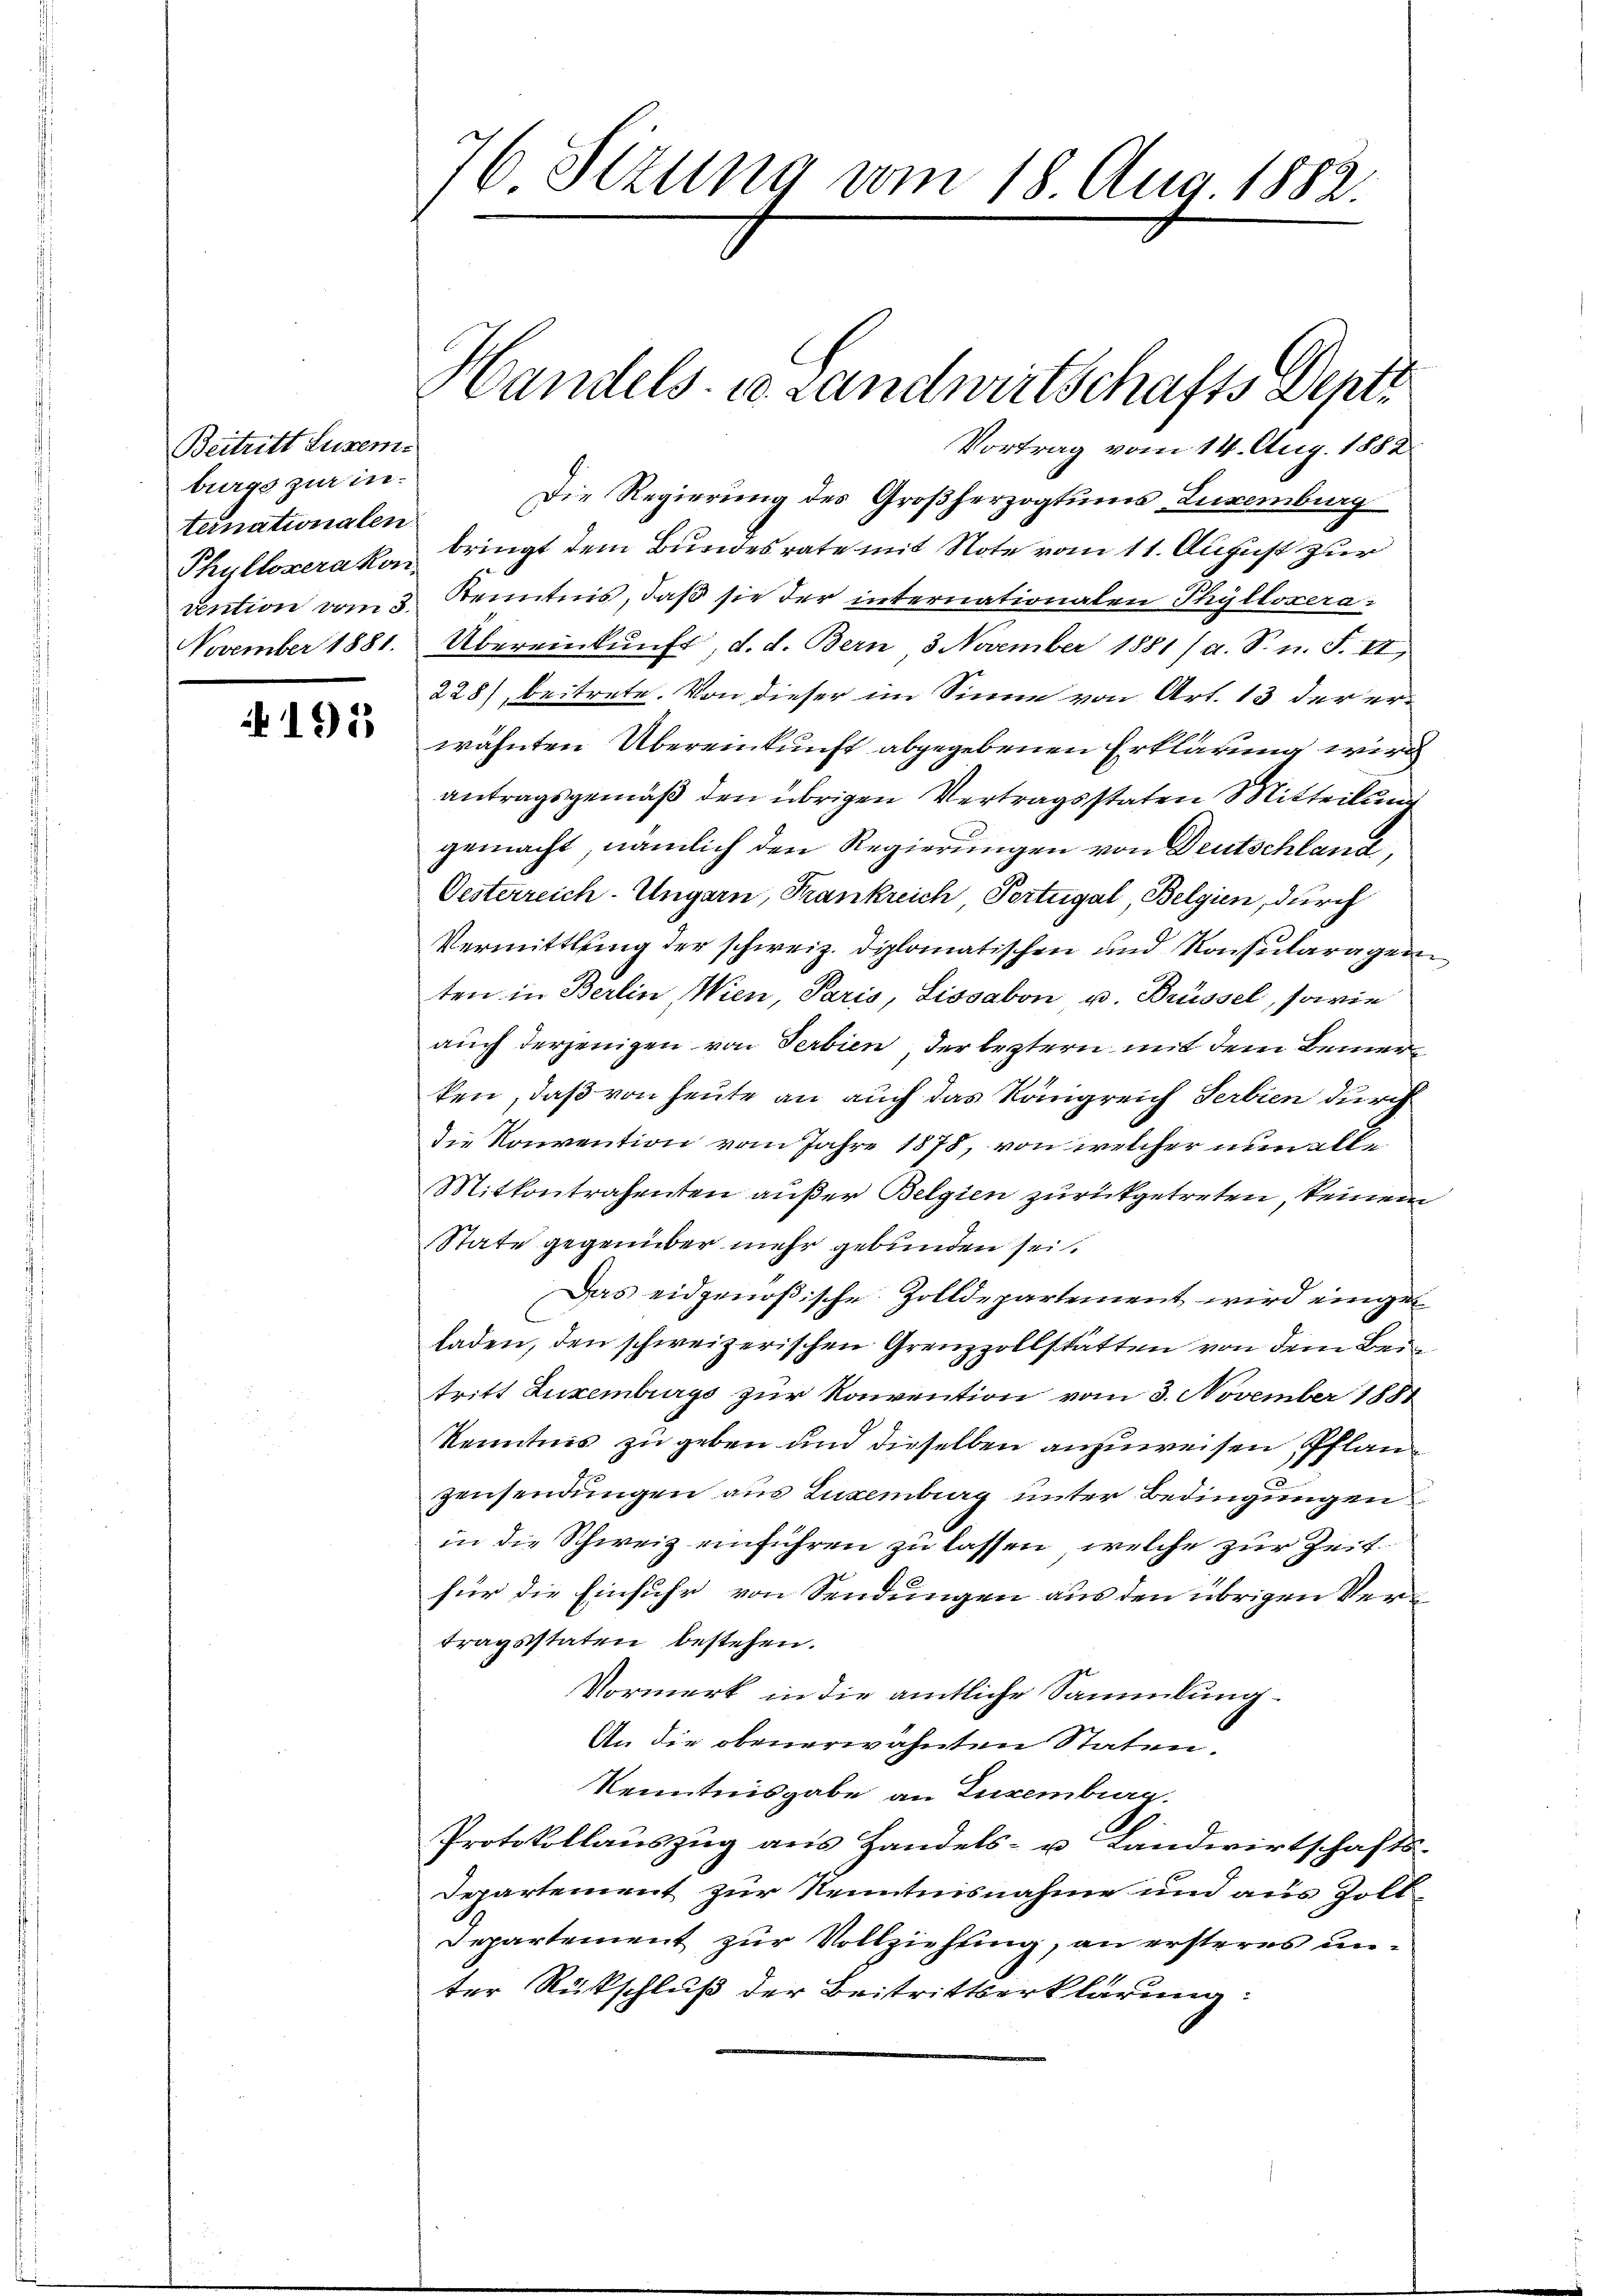
Beitritt Luzem.
burgs zur internationalen
November 1881.

195

76 Sezung vom 18. Aug 1882.

Die Regierung des Großherzogtums Luxenburg
Phullozerakon bringt dem Bundesrate mit Note vom 11. August zur
vention vom 3. Kenntnis, daß sie der internationalen Phylloxera¬
Übereinkunft, d. d. Bern, 3. November 1881 / a. S. n. F. VI,
228), beitrete. Von dieser im Sinne von Art. 13 der erwähnten Übereinkunft abgegebenen Erklärung wird
antragsgemäß den übrigen Vertragsstaten Mitteilung
gemacht, nämlich den Regierungen von Deutschland,
Oesterreich-Ungarn, Frankreich, Portugal, Belgien, durch
Vermittlung der schweiz. Diplomatischen und Konsularagen
ten in Berlin, Wien, Paris, Lissabon u. Brüssel, sowie
auch derjenigen von Serbien, der leztern mit dem Bemerken, daß von heute an auch das Königreich Serbien durch
die Konvention vom Jahre 1878, von welcher nun alle
Mitkontrahenten außer Belgien zurückgetreten, keinem
State gegenüber mehr gebunden sei.
Das eidgenößische Zolldepartement wird eingeladen, den schweizerischen Grenzzollstätten von dem Beitritt Zuxemburgs zur Konvention vom 3. November 1881
Kenntnis zu geben und dieselben anzuweisen, Pflanz
Zinsendungen aus Luxenberg unter Bedingungen
in die Schweiz einführen zu lassen, welche zur Zeit
für die Einsfuhr von Sendungen aus den übrigen Vertragsstaten bestehen.
Vormerk in die amtliche Sammlung.
An die obenerwähnten Staten.
Kenntnisgabe an Luxenburg.
Protokollauszug aus Handels- u Landwirtschafts-
Departement zur Kenntnisnahme und aus Zolt¬
Departement zur Vollziehung, an ersteres unter Rückschluß der Beitrittserklärung:

Handels- u Landwirtschafts Depti
Vortrag vom 14. Aug. 1882